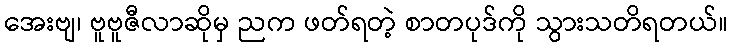
အေးဗျ၊ ဗူဗူဇီလာဆိုမှ ညက ဖတ်ရတဲ့ စာတပုဒ်ကို သွားသတိရတယ်။